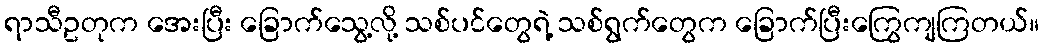
ရာသီဥတုက အေးပြီး ခြောက်သွေ့လို့ သစ်ပင်တွေရဲ့ သစ်ရွက်တွေက ခြောက်ပြီးကြွေကျကြတယ်။